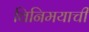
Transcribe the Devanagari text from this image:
विनिमयाची